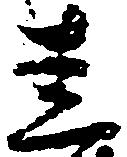
圭